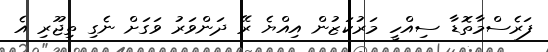
ފަރެސްމާތޮޑާ ސިއްހީ މަރުކަޒުން އިއްޔެ ރޭ ދަންވަރު ވަގަށް ނެގި ތިޖޫރި އެ